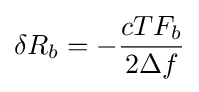
\delta R_{b}=-{\frac {cTF_{b}}{2\Delta f}}